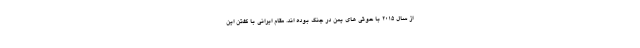
از سال 2015 با حوثی های یمن در جنگ بوده اند. مقام ایرانی با گفتن این